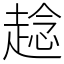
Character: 趝